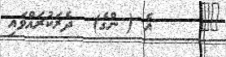
٤٥     އެ ( ންގެ)  ދެރަކުރައްވައި